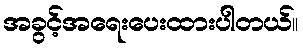
အခွင့်အရေးပေးထားပါတယ်။